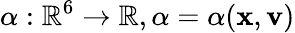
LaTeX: \alpha:\mathbb{R}^{6}\rightarrow\mathbb{R},\alpha=\alpha(\mathbf{x},\mathbf{v})